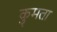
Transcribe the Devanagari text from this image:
कुमता